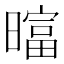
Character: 𬁗